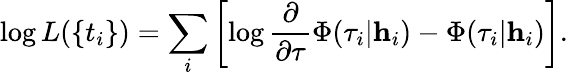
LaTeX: \log L(\{ t_{i}\} )=\sum_{i}\left[\log\frac{\partial}{\partial\tau}\Phi(\tau_{i}|\textbf{h}_{i})-\Phi(\tau_{i}|\textbf{h}_{i})\right].